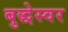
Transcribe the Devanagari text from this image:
बुद्धेस्वर